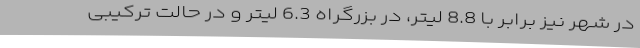
در شهر نیز برابر با 8.8 لیتر، در بزرگراه 6.3 لیتر و در حالت ترکیبی